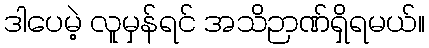
ဒါပေမဲ့ လူမှန်ရင် အသိဉာဏ်ရှိရမယ်။